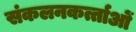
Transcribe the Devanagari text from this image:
संकलनकर्त्ताओं